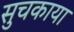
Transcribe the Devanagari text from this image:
सुचकाया